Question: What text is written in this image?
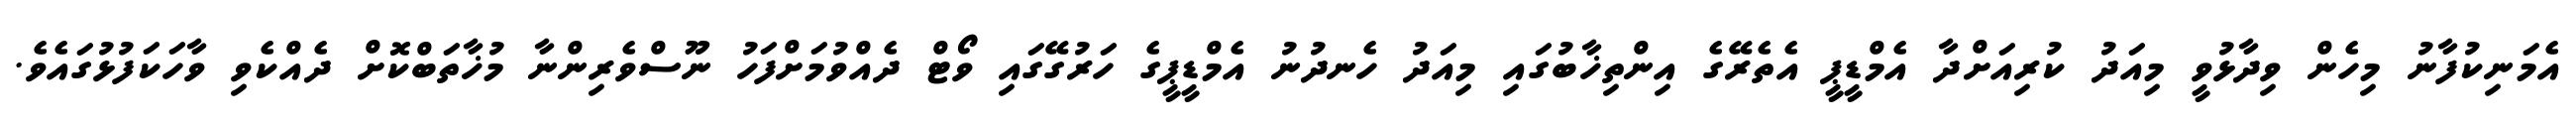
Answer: އެމަނިކުފާނު މިހެން ވިދާޅުވީ މިއަދު ކުރިއަށްދާ އެމްޑީޕީ އެތެރޭގެ އިންތިޚާބުގައި މިއަދު ހެނދުނު އެމްޑީޕީގެ ހަރުގޭގައި ވޯޓް ދެއްވުމަށްފަހު ނޫސްވެރިންނާ މުޚާތަބްކޮށް ދެއްކެވި ވާހަކަފުޅުގައެވެ.